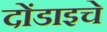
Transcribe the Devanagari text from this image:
दोंडाइचे